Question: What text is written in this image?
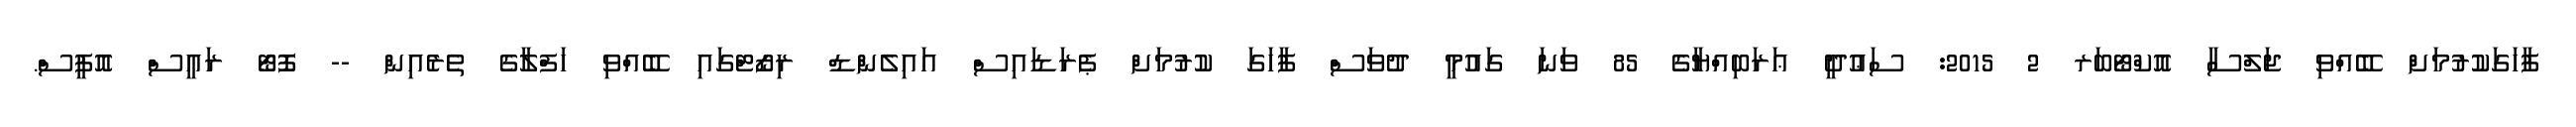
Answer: ފާހަގަކުރުމަށް ބޭއްވި ޖަލްސާ އޮކްޓޯބަރ 2 2015: ސަޢުދީ ޢަރަބިއްޔާގެ 85 ވަނަ ގައުމީ ދުވަސް ފާހަގަ ކުރުމަށް ޕެރަޑައިސް އައިލެންޑް ރިޒޯޓްގައި ބޭއްވި ހަފްލާގެ ތެރެއިން -- ފޮޓޯ ރައީސް އޮފީސް.